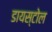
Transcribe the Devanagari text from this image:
डायस्टोल